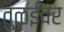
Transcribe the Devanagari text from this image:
तुळईवर